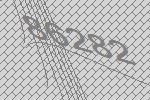
86282